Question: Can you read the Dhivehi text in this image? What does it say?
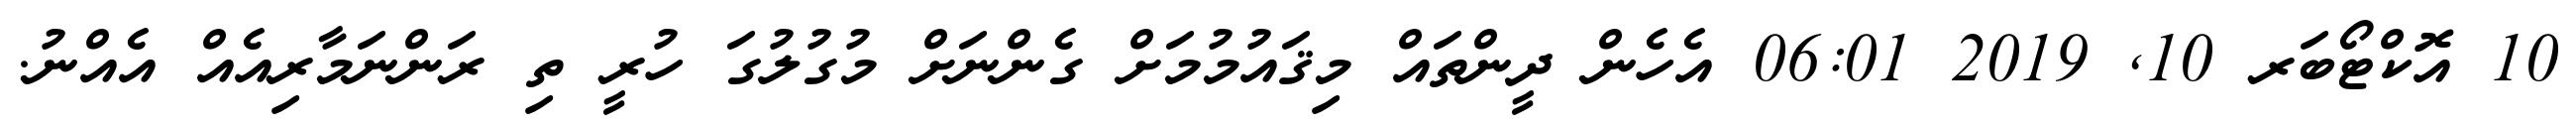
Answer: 10 އޮކްޓޯބަރ 10, 2019 06:01 އެހެން ދީންތައް މިޤައުމުމަށް ގެންނަށް މުގުލުގަ ހުރީ ތި ރަންނަމާރިއެއް އެއްނު.